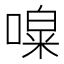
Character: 𠼎